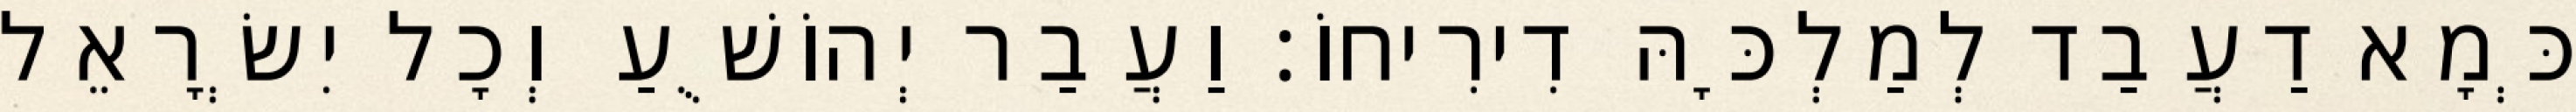
כְּמָא דַעֲבַד לְמַלְכָּהּ דִירִיחוֹ׃ וַעֲבַר יְהוֹשֻׁעַ וְכָל יִשְׂרָאֵל